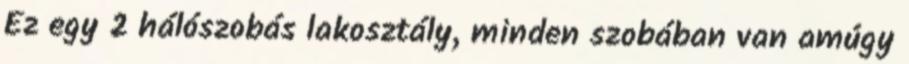
Ez egy 2 hálószobás lakosztály, minden szobában van amúgy